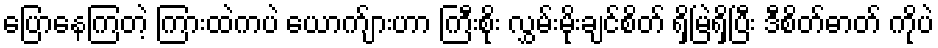
ပြောနေကြတဲ့ ကြားထဲကပဲ ယောက်ျားဟာ ကြီးစိုး လွှမ်းမိုးချင်စိတ် ရှိမြဲရှိပြီး ဒီစိတ်ဓာတ် ကိုပဲ